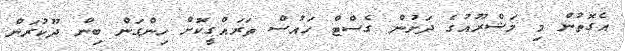
އެގޮތުން މި މަޝްރޫއުގެ ދަށުން ގެސްޓް ހައުސް ތަރައްގީކޮށް ހިންގަން ބިން ދޫކުރަން